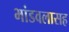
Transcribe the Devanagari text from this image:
भांडवलासह